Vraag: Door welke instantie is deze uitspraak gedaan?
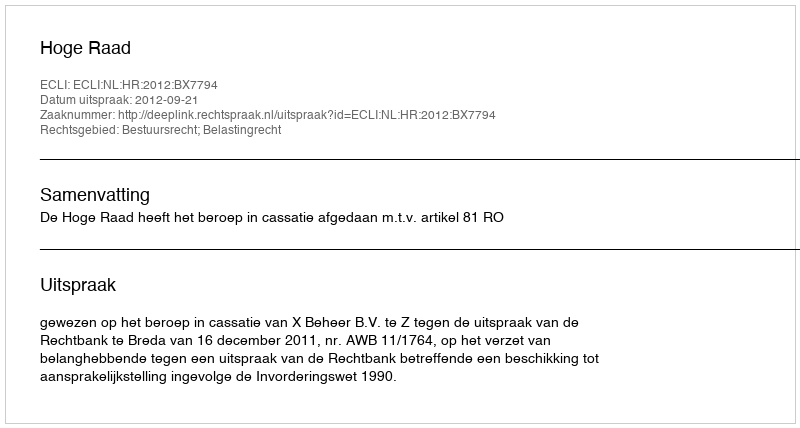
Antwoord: Hoge Raad